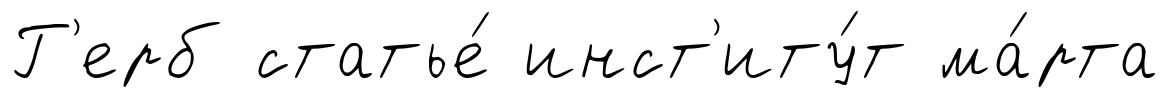
Г'ерб статье́ инст'иту́т ма́рта